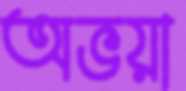
অভয়া